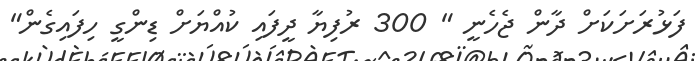
ފަޅުރަށަކަށް ދާން ޖެހެނީ " 300 ރުފިޔާ ދީފައި ކުއްޔަށް ޑިންގީ ހިފައިގެން"